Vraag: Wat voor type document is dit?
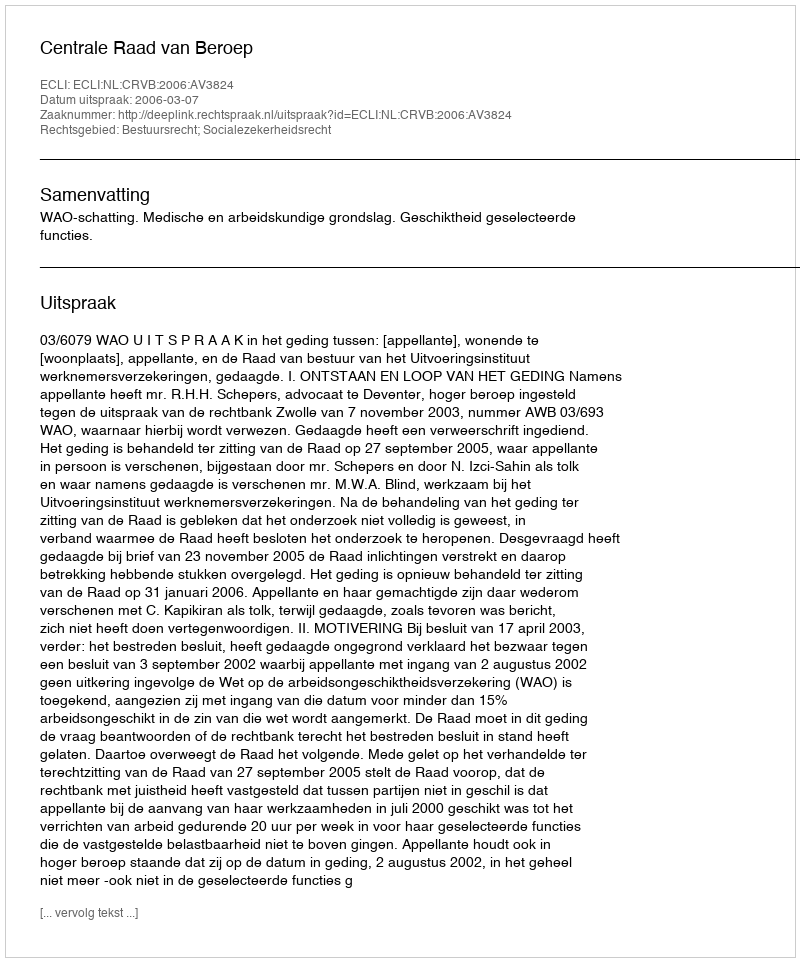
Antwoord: Uitspraak